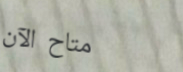
متاح الآن